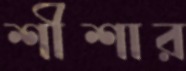
শীশার